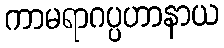
ကာမရာဂပ္ပဟာနာယ